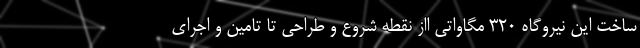
ساخت این نیروگاه 320 مگاواتی ااز نقطه شروع و طراحی تا تامین و اجرای